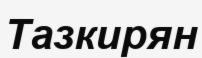
Тазкирян